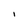
Character: I